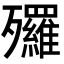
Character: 𣩿